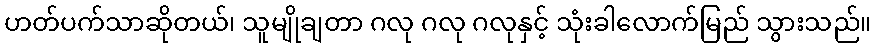
ဟတ်ပက်သာဆိုတယ်၊ သူမျိုချတာ ဂလု ဂလု ဂလုနှင့် သုံးခါလောက်မြည် သွားသည်။